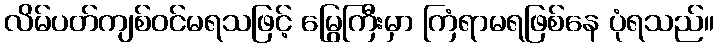
လိမ်ပတ်ကျစ်ဝင်မရသဖြင့် မြွေကြီးမှာ ကြံရာမရဖြစ်နေ ပုံရသည်။